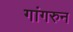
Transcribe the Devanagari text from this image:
गांगरुन